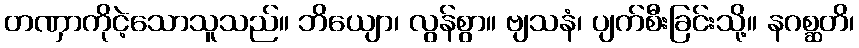
တဏှာကိုငဲ့သောသူသည်။ ဘိယျော၊ လွန်စွာ။ ဗျသနံ၊ ပျက်စီးခြင်းသို့။ နဂစ္ဆတိ၊